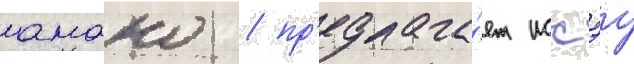
амано / пр'едлага́ет иссэу